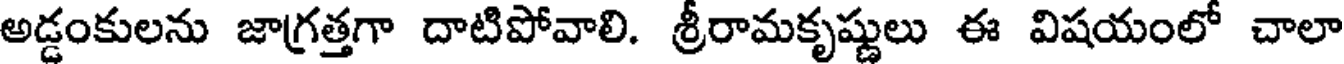
అడ్డంకులను జాగ్రత్తగా దాటిపోవాలి. శ్రీరామకృష్ణులు ఈ విషయంలో చాలా